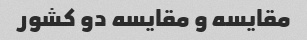
مقایسه و مقایسه دو کشور